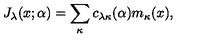
J _ { \lambda } ( x ; \alpha ) = \sum _ { \kappa } c _ { \lambda \kappa } ( \alpha ) m _ { \kappa } ( x ) ,